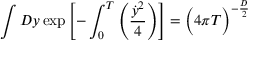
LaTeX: \int { \cal D } y \, \mathrm { e x p } \left[ - \int _ { 0 } ^ { T } \left( { \frac { { \dot { y } } ^ { 2 } } { 4 } } \right) \right] = { \Bigl ( 4 \pi T \Bigr ) } ^ { - { \frac { D } { 2 } } }